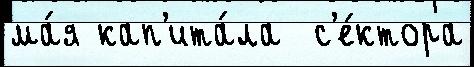
ма́я кап'ита́ла  с'е́ктора